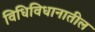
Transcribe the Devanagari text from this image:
विधिविधानातील